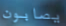
يصابون